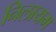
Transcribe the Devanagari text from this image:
निलायम